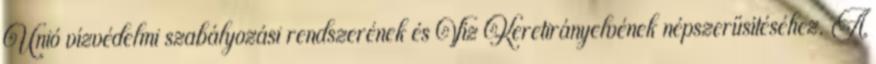
Unió vízvédelmi szabályozási rendszerének és Víz Keretirányelvének népszerűsítéséhez. A